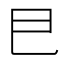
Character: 𢀳